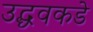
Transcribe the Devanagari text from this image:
उद्धवकडे